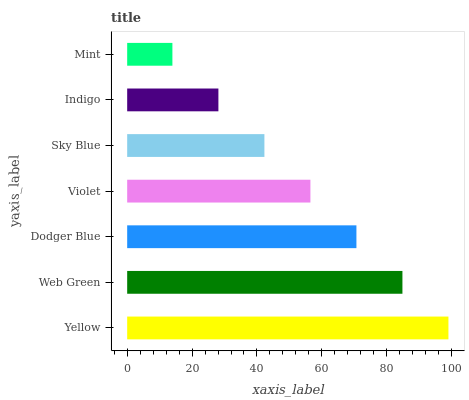
| yaxis_label | bars |
 | --- | --- |
 | Yellow | 99 |
 | Web Green | 84.8 |
 | Dodger Blue | 70.6 |
 | Violet | 56.5 |
 | Sky Blue | 42.3 |
 | Indigo | 28.1 |
 | Mint | 13.9 |